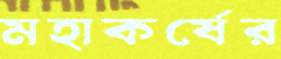
মহাকর্ষের